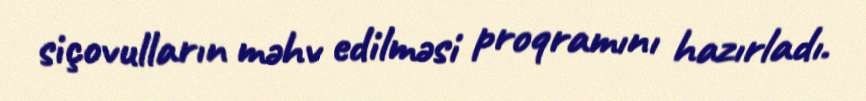
siçovulların məhv edilməsi proqramını hazırladı.